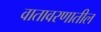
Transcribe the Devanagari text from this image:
वातावरणातील